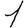
Digit: 1